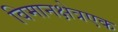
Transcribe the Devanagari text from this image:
विमानक्षेत्रएक